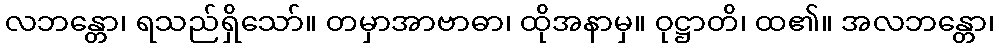
လဘန္တော၊ ရသည်ရှိသော်။ တမှာအာဗာဓာ၊ ထိုအနာမှ။ ဝုဋ္ဌာတိ၊ ထ၏။ အလဘန္တော၊